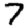
Digit: 7